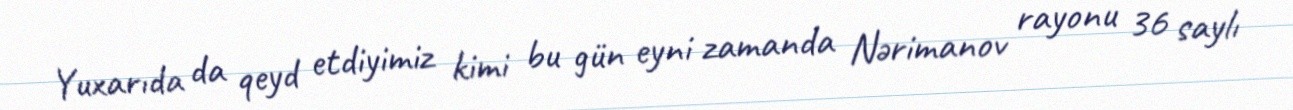
Yuxarıda da qeyd etdiyimiz kimi bu gün eyni zamanda Nərimanov rayonu 36 saylı